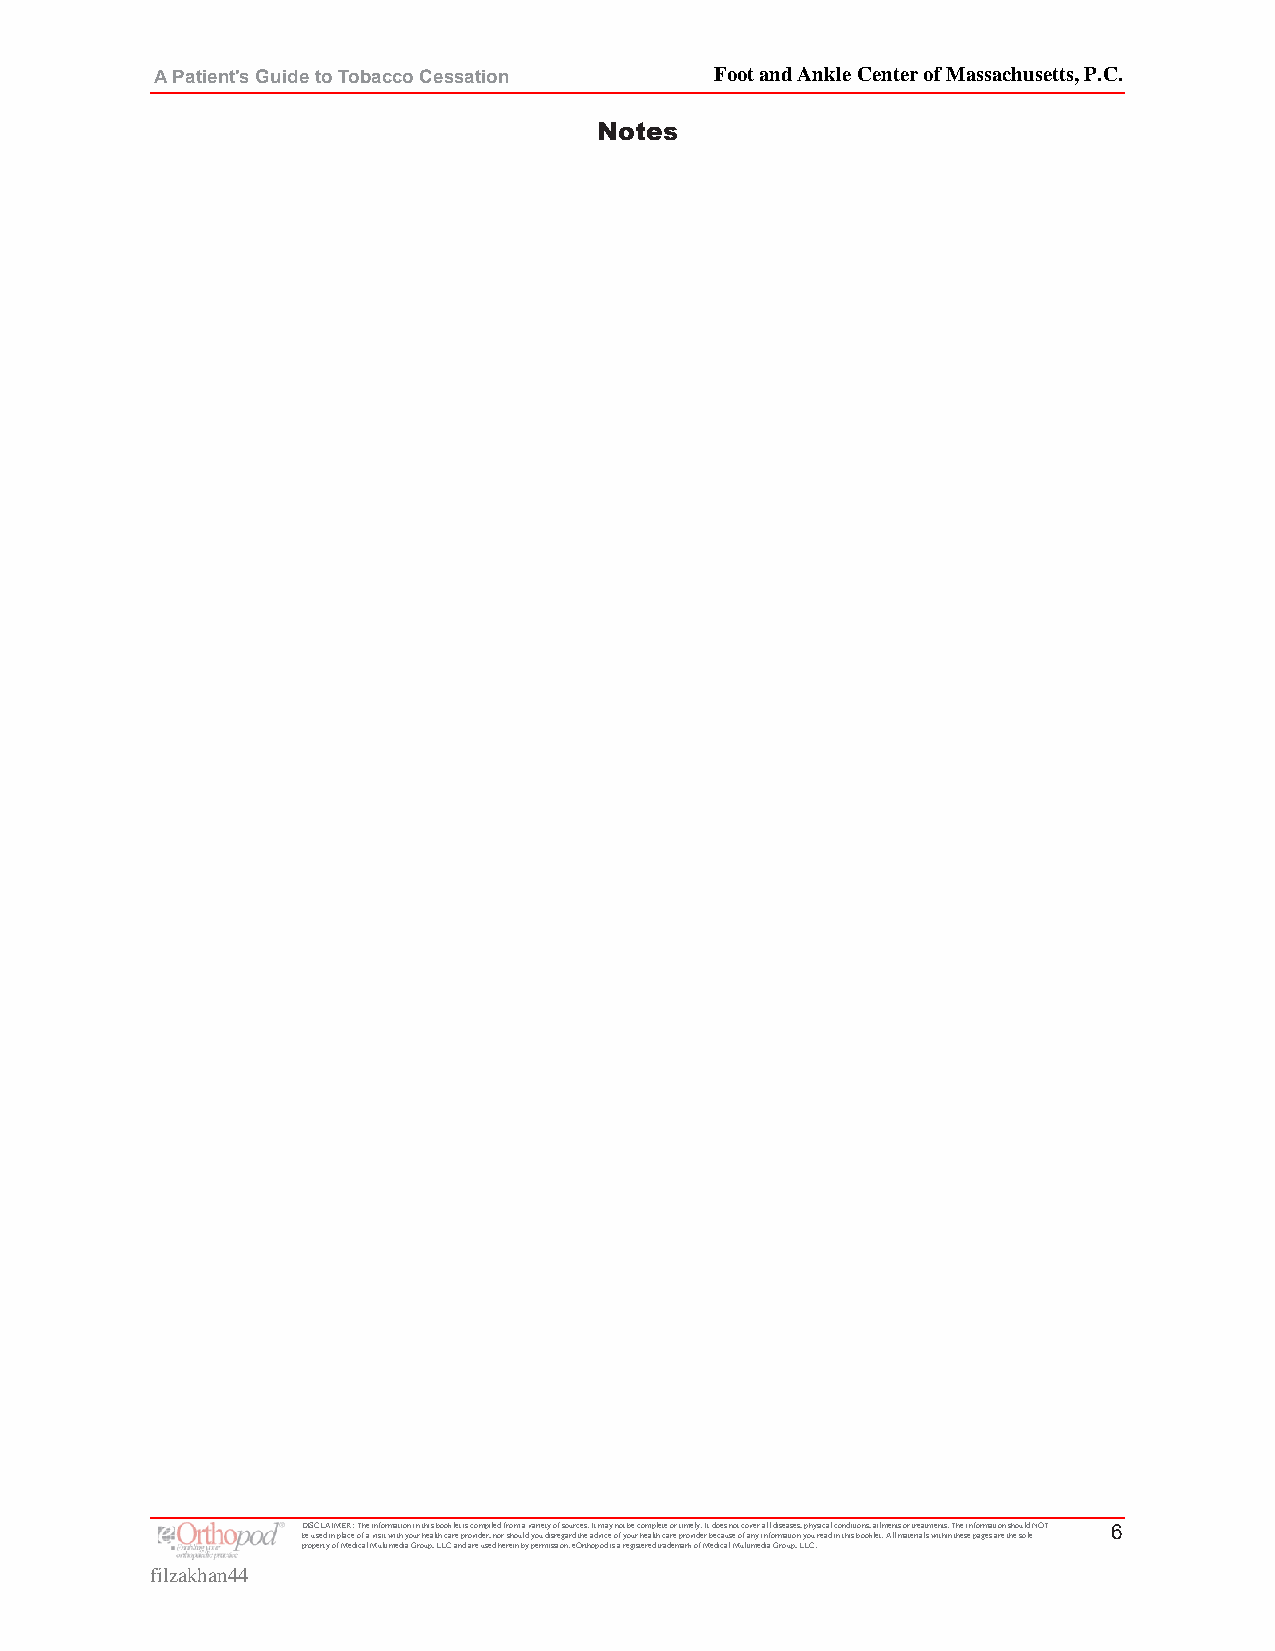
A Patient's Guide to Tobacco Cessation Foot and Ankle Center of Massachusetts, P.C.
 Notes
 DISCLAIMER: The information in this booklet is compiled from a variety of sources. It may not be complete or timely. It does not cover all diseases, physical conditions, ailments or treatments. The information should NOT 6
 be used in place of a visit with your health care provider, nor should you disregard the advice of your health care provider because of any information you read in this booklet. All materials within these pages are the sole
 property of Medical Multimedia Group, LLC and are used herein by permission. eOrthopod is a registered trademark of Medical Multimedia Group, LLC.
 filzakhan44